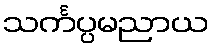
သင်္ကပ္ပမညာယ